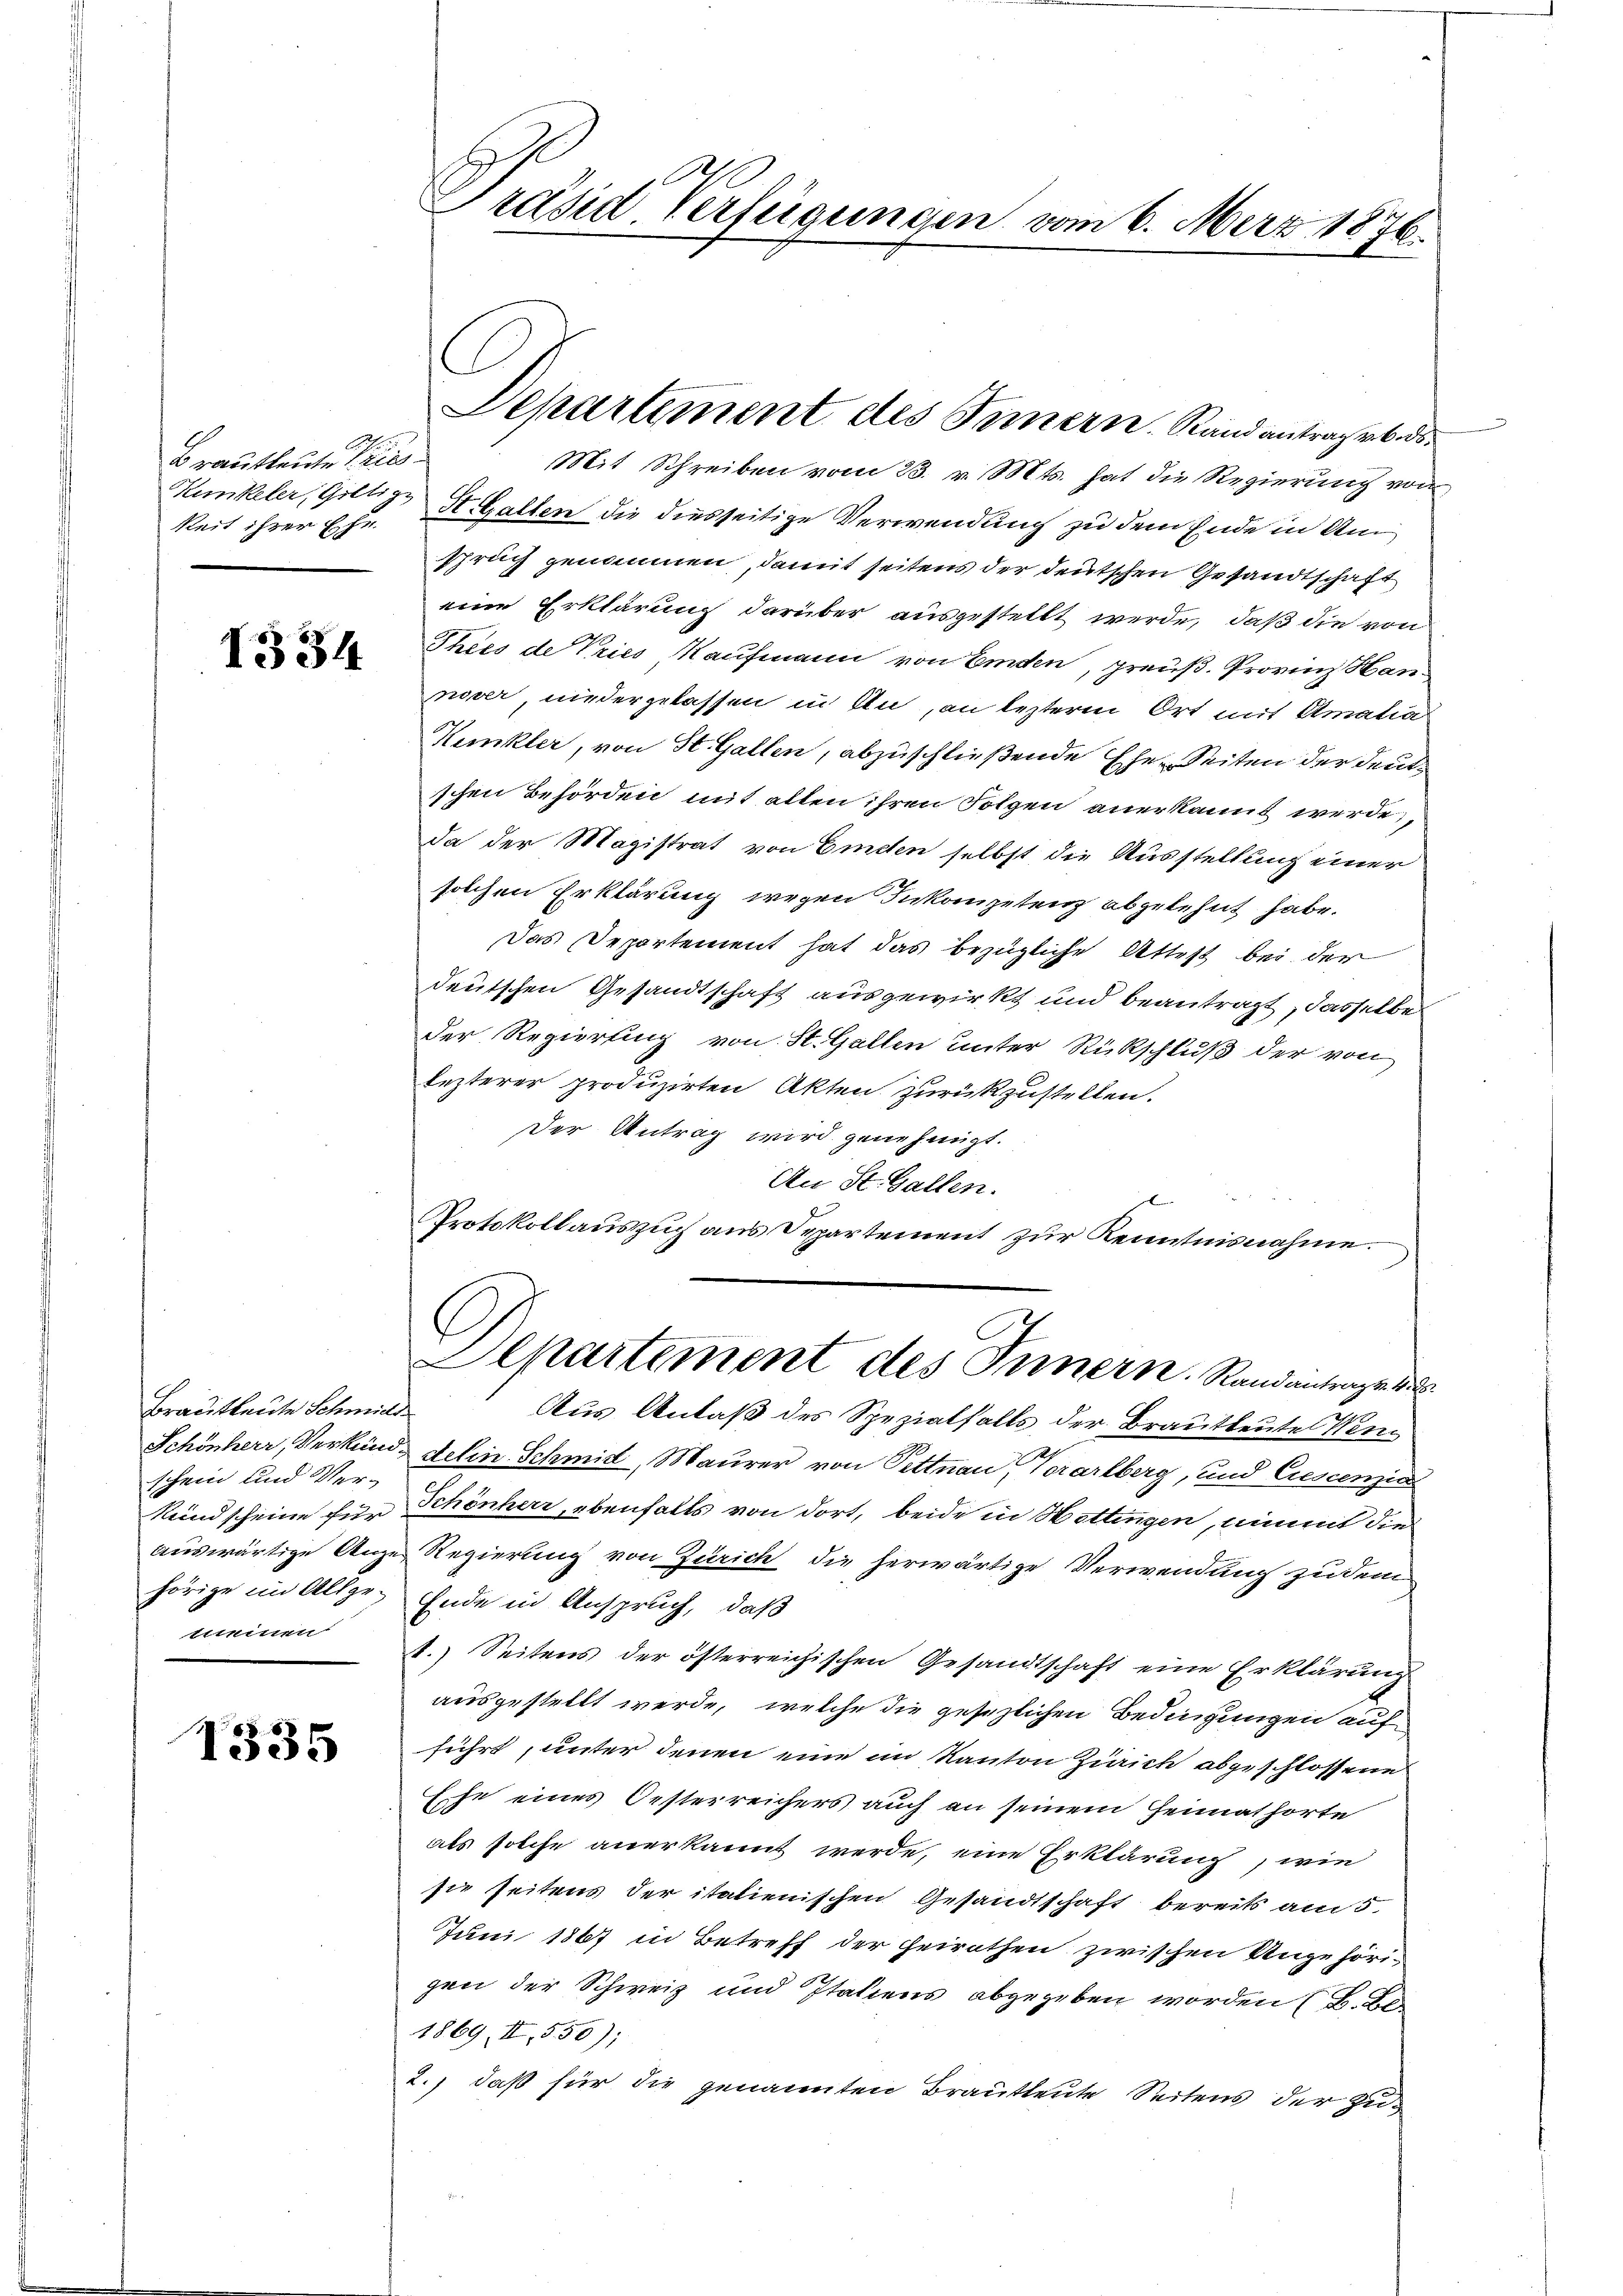
Brautleute Prieskeit ihrer Ehr

1334

Brautleute Schmidt
schein und Vermeinen

1335

Mit Schreiben vom 23. v. Mts. hat die Regierung von
Kunkeler, Giltig. St. Gallen die diesseitige Verwendung zu dem Ende in Am
spruch genommen, damit seitens der deutschen Gesandtschaft
eine Erklärung darüber ausgestellt werde, daß die von
Thées de Vries Kaufmann von Emden, preuß. Provinz Hannover, niedergelassen in An, an lezteren Ort mit Amatia
Kunkler, von St. Gallen, abzuschließende Ehe-Seiten der Deutschen Behörden mit allen ihren Folgen anerkannt werde,
Da der Magistrat von Eiden selbst die Ausstellung einer
solchen Erklärung wegen Inkompetenz abgelehnt habe.
Das Departement hat das bezügliche Attest bei der
deutschen Gesandtschaft ausgewirkt und beantragt, dasselbe
der Regierung von St. Gallen unter Rückschluß der von
lezterer produzirten Akten zurückzustellen.
Der Antrag wird genehmigt.
An St. Gallen.
Protokollauszug aus Departement zur Kenntnisnahme.

Präsid Verfügungen vom 6. März 1876.

Departement des Innern. Randantragebo¬

Departement des Innern. Randantrage d

Aus Anlaß des Spezialfalls der Brautleute Wen
Schönherr, Verkend Delin Schmid, Maurer von Pettnau, Vorarlberg, und Crescenzin
Rundscheine für Schönherr, ebenfalls von dort, beide in Hottingen, nimmt die
auswärtige Anze Regierung von Zürich die herwärtige Verwendung zu dem
hörige im Allge- Ende in Anspruch, daß
1.) Seitens der österreichischen Gesandtschaft eine Erklärung
ausgestellt werde, welche die gesezlichen Bedingungen auf
führt, unter denen eine im Kanton Zürich abgeschlossene
Ehe eines Oesterreichers auch an seinem Heimathörte
als solche anerkannt werde, eine Erklärung, wie
sie seitens der italienischen Gesandtschaft bereits am 5.
Juni 1867 in Betreff der Heirathen zwischen Ungehörigen der Schweiz und Italiens abgegeben worden (B. B
1869, II, 550);
2., daß für die genannten Brautleute Seitens der Zun